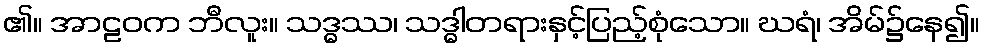
၏။ အာဠဝက ဘီလူး။ သဒ္ဓဿ၊ သဒ္ဓါတရားနှင့်ပြည့်စုံသော။ ဃရံ၊ အိမ်၌နေ၍။